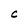
Character: C